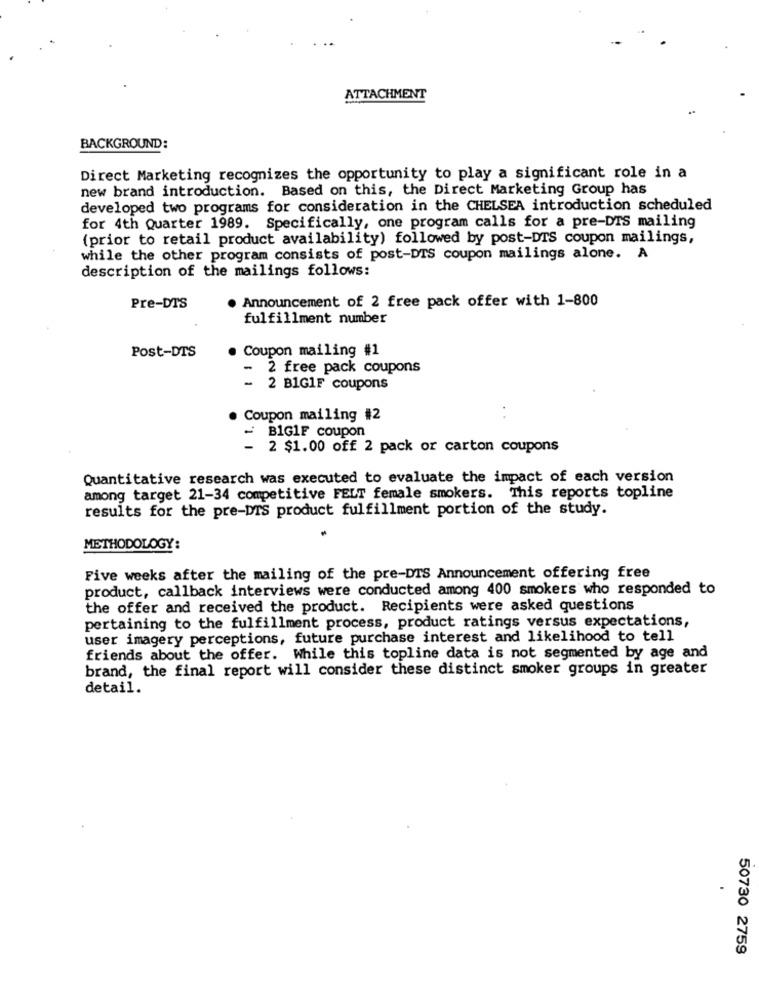
ATTACHMENT
BACKGROUND:
Direct Marketing recognizes the opportunity to play a significant role in a
new brand introduction. Based on this, the Direct Marketing Group has
developed two programs for consideration in the CHELSEA introduction scheduled
for 4th Quarter 1989. Specifically, one program calls for a pre-DTS mailing
(prior to retail product availability) followed by post-DTS coupon mailings,
while the other program consists of post-DTS coupon mailings alone. A
description of the mailings follows:
. Announcement of 2 free pack offer with 1-800
Pre-DTS
fulfillment number
Post-DTS
. Coupon mailing #1
- 2 free pack coupons
- 2 B1G1F coupons
Coupon mailing #2
- BIGIF coupon
- 2 $1.00 off 2 pack or carton coupons
Quantitative research was executed to evaluate the impact of each version
among target 21-34 competitive FELT female smokers. This reports topline
results for the pre-DTS product fulfillment portion of the study.
METHODOLOGY:
Five weeks after the mailing of the pre-DTS Announcement offering free
product, callback interviews were conducted among 400 smokers who responded to
the offer and received the product. Recipients were asked questions
pertaining to the fulfillment process, product ratings versus expectations,
user imagery perceptions, future purchase interest and likelihood to tell
friends about the offer. While this topline data is not segmented by age and
brand, the final report will consider these distinct smoker groups in greater
detail.
50730 2759